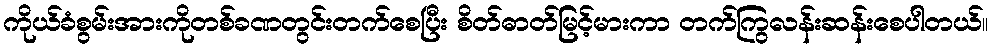
ကိုယ်ခံစွမ်းအားကိုတစ်ခဏတွင်းတက်စေပြီး စိတ်ဓာတ်မြင့်မားကာ တက်ကြွလန်းဆန်းစေပါတယ်။